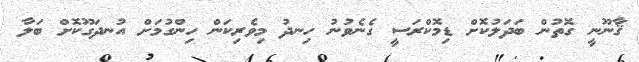
ޤާނޫނީ ގޮތުން ބަދަލުކޮށް ޑިމޮކްރަސީ ގެނެވުނު ހިނދު މިވެރިކަން ހިންގުމަށް އުނދަގޫކޮށް ބަލާ